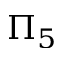
\Pi _ { 5 }